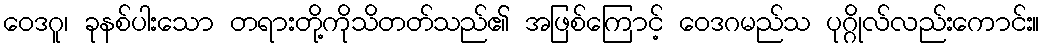
ဝေဒဂူ၊ ခုနစ်ပါးသော တရားတို့ကိုသိတတ်သည်၏ အဖြစ်ကြောင့် ဝေဒဂမည်သ ပုဂ္ဂိုလ်လည်းကောင်း။